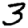
Digit: 3